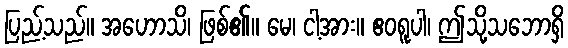
ပြည့်သည်။ အဟောသိ၊ ဖြစ်၏။ မေ၊ ငါ့အား။ ဧဝရူပါ၊ ဤသို့သဘောရှိ